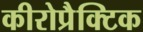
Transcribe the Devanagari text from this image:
कीरोप्रैक्टिक